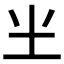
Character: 𰉗